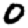
Digit: 0